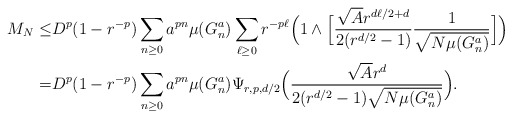
\begin{align*}M_{N}\leq&D^p(1-r^{-p})\sum_{n\geq 0}a^{pn} \mu(G^a_n)\sum_{\ell\geq 0} r^{-p\ell} \Big(1\land\Big[\frac{\sqrt A r^{d\ell/2+d}}{2(r^{d/2}-1)}\frac1{\sqrt{N\mu(G_n^a)}}\Big]\Big)\\= &D^p(1-r^{-p})\sum_{n\geq 0}a^{pn} \mu(G^a_n)\Psi_{r,p,d/2}\Big(\frac{\sqrt A r^{d}}{2(r^{d/2}-1)\sqrt{N\mu(G_n^a)}}\Big).\end{align*}